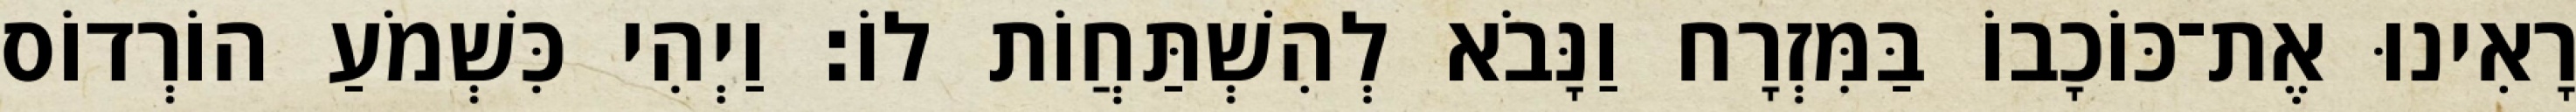
רָאִינוּ אֶת־כּוֹכָבוֹ בַּמִּזְרָח וַנָּבֹא לְהִשְׁתַּחֲוֹת לוֹ׃ וַיְהִי כִּשְׁמֹעַ הוֹרְדוֹס